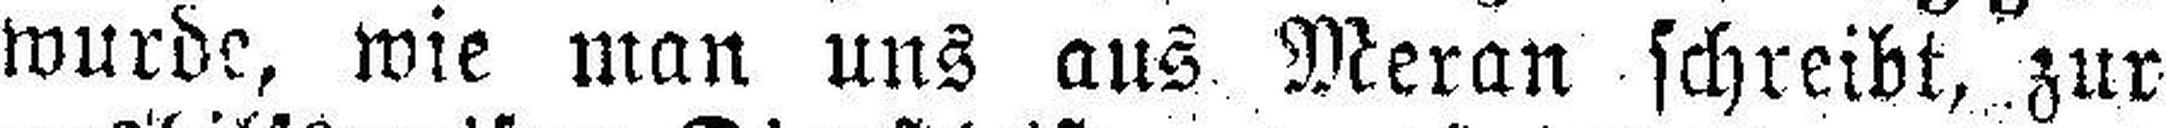
wurde, wie man uns aus. Meran schreibt, zur